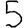
Digit: 5